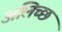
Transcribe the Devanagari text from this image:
अलिच्छ